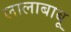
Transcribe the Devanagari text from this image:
लालाबाबू